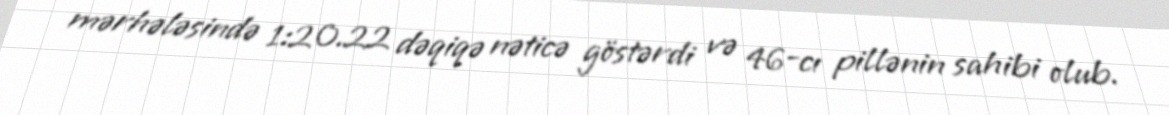
mərhələsində 1:20.22 dəqiqə nəticə göstərdi və 46-cı pillənin sahibi olub.